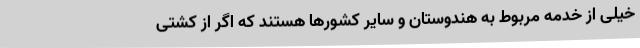
خیلی از خدمه مربوط به هندوستان و سایر کشورها هستند که اگر از کشتی